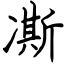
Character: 凘